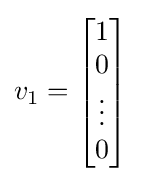
v_{1}={\begin{bmatrix}1\\0\\\vdots \\0\end{bmatrix}}